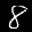
Label: 8